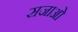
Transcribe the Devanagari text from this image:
सजाओ